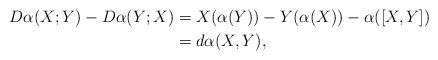
LaTeX: \begin{align*}D\alpha(X; Y)-D\alpha( Y;X)&=X(\alpha(Y))-Y(\alpha(X))-\alpha([X, Y])\\&=d\alpha(X,Y),\end{align*}